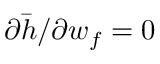
\partial \bar { h } / \partial w _ { f } = 0